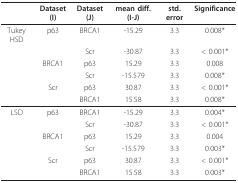
<table><thead><tr><td></td><td><b>Dataset (I)</b></td><td><b>Dataset (J)</b></td><td><b>mean diff. (I-J)</b></td><td><b>std. error</b></td><td><b>Significance</b></td></tr></thead><tbody><tr><td>Tukey HSD</td><td>p63</td><td>BRCA1</td><td>-15.29</td><td>3.3</td><td>0.008*</td></tr><tr><td></td><td></td><td>Scr</td><td>-30.87</td><td>3.3</td><td>&lt; 0.001*</td></tr><tr><td></td><td>BRCA1</td><td>p63</td><td>15.29</td><td>3.3</td><td>0.008</td></tr><tr><td></td><td></td><td>Scr</td><td>-15.579</td><td>3.3</td><td>0.008*</td></tr><tr><td></td><td>Scr</td><td>p63</td><td>30.87</td><td>3.3</td><td>&lt; 0.001*</td></tr><tr><td></td><td></td><td>BRCA1</td><td>15.58</td><td>3.3</td><td>0.008*</td></tr><tr><td>LSD</td><td>p63</td><td>BRCA1</td><td>-15.29</td><td>3.3</td><td>0.004*</td></tr><tr><td></td><td></td><td>Scr</td><td>-30.87</td><td>3.3</td><td>&lt; 0.001*</td></tr><tr><td></td><td>BRCA1</td><td>p63</td><td>15.29</td><td>3.3</td><td>0.004</td></tr><tr><td></td><td></td><td>Scr</td><td>-15.579</td><td>3.3</td><td>0.003*</td></tr><tr><td></td><td>Scr</td><td>p63</td><td>30.87</td><td>3.3</td><td>&lt; 0.001*</td></tr><tr><td></td><td></td><td>BRCA1</td><td>15.58</td><td>3.3</td><td>0.003*</td></tr></tbody></table>